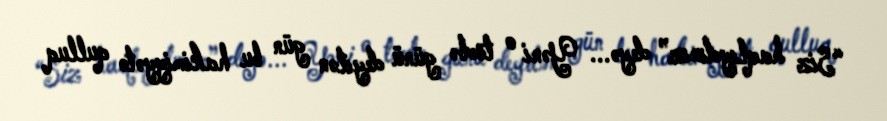
“Siz haqlıydınız” deyə... Yəni o tövbə günü deyilən gün bu hakimiyyətə qulluq